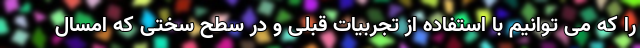
را که می توانیم با استفاده از تجربیات قبلی و در سطح سختی که امسال